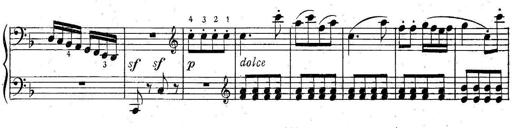
Title: 6 Easy Sonatinas
Composer: Carl Czerny